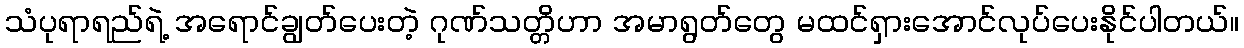
သံပုရာရည်ရဲ့ အရောင်ချွတ်ပေးတဲ့ ဂုဏ်သတ္တိဟာ အမာရွတ်တွေ မထင်ရှားအောင်လုပ်ပေးနိုင်ပါတယ်။